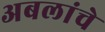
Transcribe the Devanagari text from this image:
अबलांचे